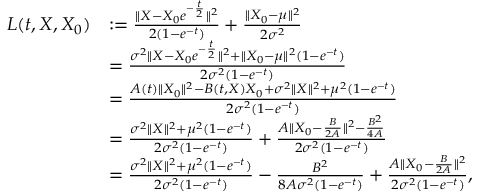
\begin{array} { r l } { L ( t , X , X _ { 0 } ) } & { : = \frac { \| X - X _ { 0 } e ^ { - \frac { t } { 2 } } \| ^ { 2 } } { 2 ( 1 - e ^ { - t } ) } + \frac { \| X _ { 0 } - \mu \| ^ { 2 } } { 2 \sigma ^ { 2 } } } \\ & { = \frac { \sigma ^ { 2 } \| X - X _ { 0 } e ^ { - \frac { t } { 2 } } \| ^ { 2 } + \| X _ { 0 } - \mu \| ^ { 2 } ( 1 - e ^ { - t } ) } { 2 \sigma ^ { 2 } ( 1 - e ^ { - t } ) } } \\ & { = \frac { A ( t ) \| X _ { 0 } \| ^ { 2 } - B ( t , X ) X _ { 0 } + \sigma ^ { 2 } \| X \| ^ { 2 } + \mu ^ { 2 } ( 1 - e ^ { - t } ) } { 2 \sigma ^ { 2 } ( 1 - e ^ { - t } ) } } \\ & { = \frac { \sigma ^ { 2 } \| X \| ^ { 2 } + \mu ^ { 2 } ( 1 - e ^ { - t } ) } { 2 \sigma ^ { 2 } ( 1 - e ^ { - t } ) } + \frac { A \| X _ { 0 } - \frac { B } { 2 A } \| ^ { 2 } - \frac { B ^ { 2 } } { 4 A } } { 2 \sigma ^ { 2 } ( 1 - e ^ { - t } ) } } \\ & { = \frac { \sigma ^ { 2 } \| X \| ^ { 2 } + \mu ^ { 2 } ( 1 - e ^ { - t } ) } { 2 \sigma ^ { 2 } ( 1 - e ^ { - t } ) } - \frac { B ^ { 2 } } { 8 A \sigma ^ { 2 } ( 1 - e ^ { - t } ) } + \frac { A \| X _ { 0 } - \frac { B } { 2 A } \| ^ { 2 } } { 2 \sigma ^ { 2 } ( 1 - e ^ { - t } ) } , } \end{array}